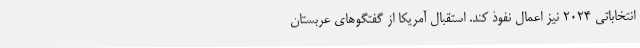
انتخاباتی ۲۰۲۴ نیز اعمال نفوذ کند. استقبال آمریکا از گفتگوهای عربستان